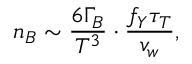
n _ { B } \sim \frac { 6 \Gamma _ { B } } { T ^ { 3 } } \cdot \frac { f _ { Y } \tau _ { T } } { v _ { w } } ,